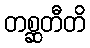
တစ္ဆတီတိ